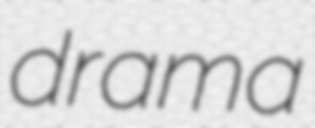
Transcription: drama